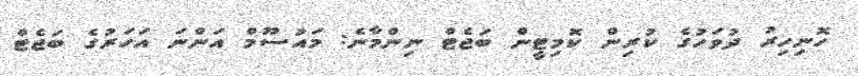
ހޮނިހިރު ދުވަހުގެ ކުރިން ކޮމިޓީން ބަޖެޓް ނިންމާނެ: މައުސޫމް އަންނަ އަހަރުގެ ބަޖެޓް